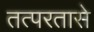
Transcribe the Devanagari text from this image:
तत्परतासे